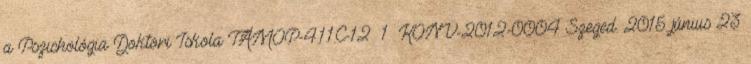
a Pszichológia Doktori Iskola TÁMOP-4.1.1.C-12 1 KONV-2012-0004 Szeged. 2015. június 23